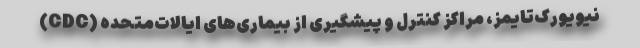
نیویورک‌تایمز، مراکز کنترل و پیشگیری از بیماری‌های ایالات‌متحده (CDC)